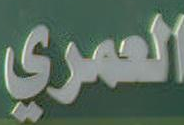
العمري